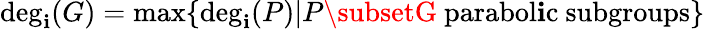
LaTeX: \deg_{\mathbf{i}}(G)=\operatorname*{max}\{ \deg_{\mathbf{i}}(P)|P\subsetG{\mathrm{{~parabol\mathbf{i}c~subgroups}}}\}